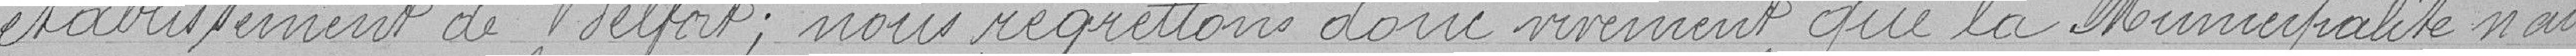
établissement de Belfort ; nous regrettons donc vivement que la Municipalité n'ait